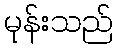
မုန်းသည်